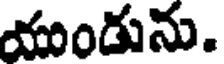
యుండును.